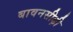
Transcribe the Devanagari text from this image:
बावनसीढ़ी